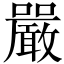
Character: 嚴